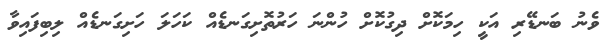
ވެނު ބަނޑޭރި އަކީ ހިމަކޮށް ދިގުކޮށް ހުންނަ ހަރުތޮށިގަނޑެއް ކަހަލަ ހަށިގަނޑެއް ލިބިފައިވާ